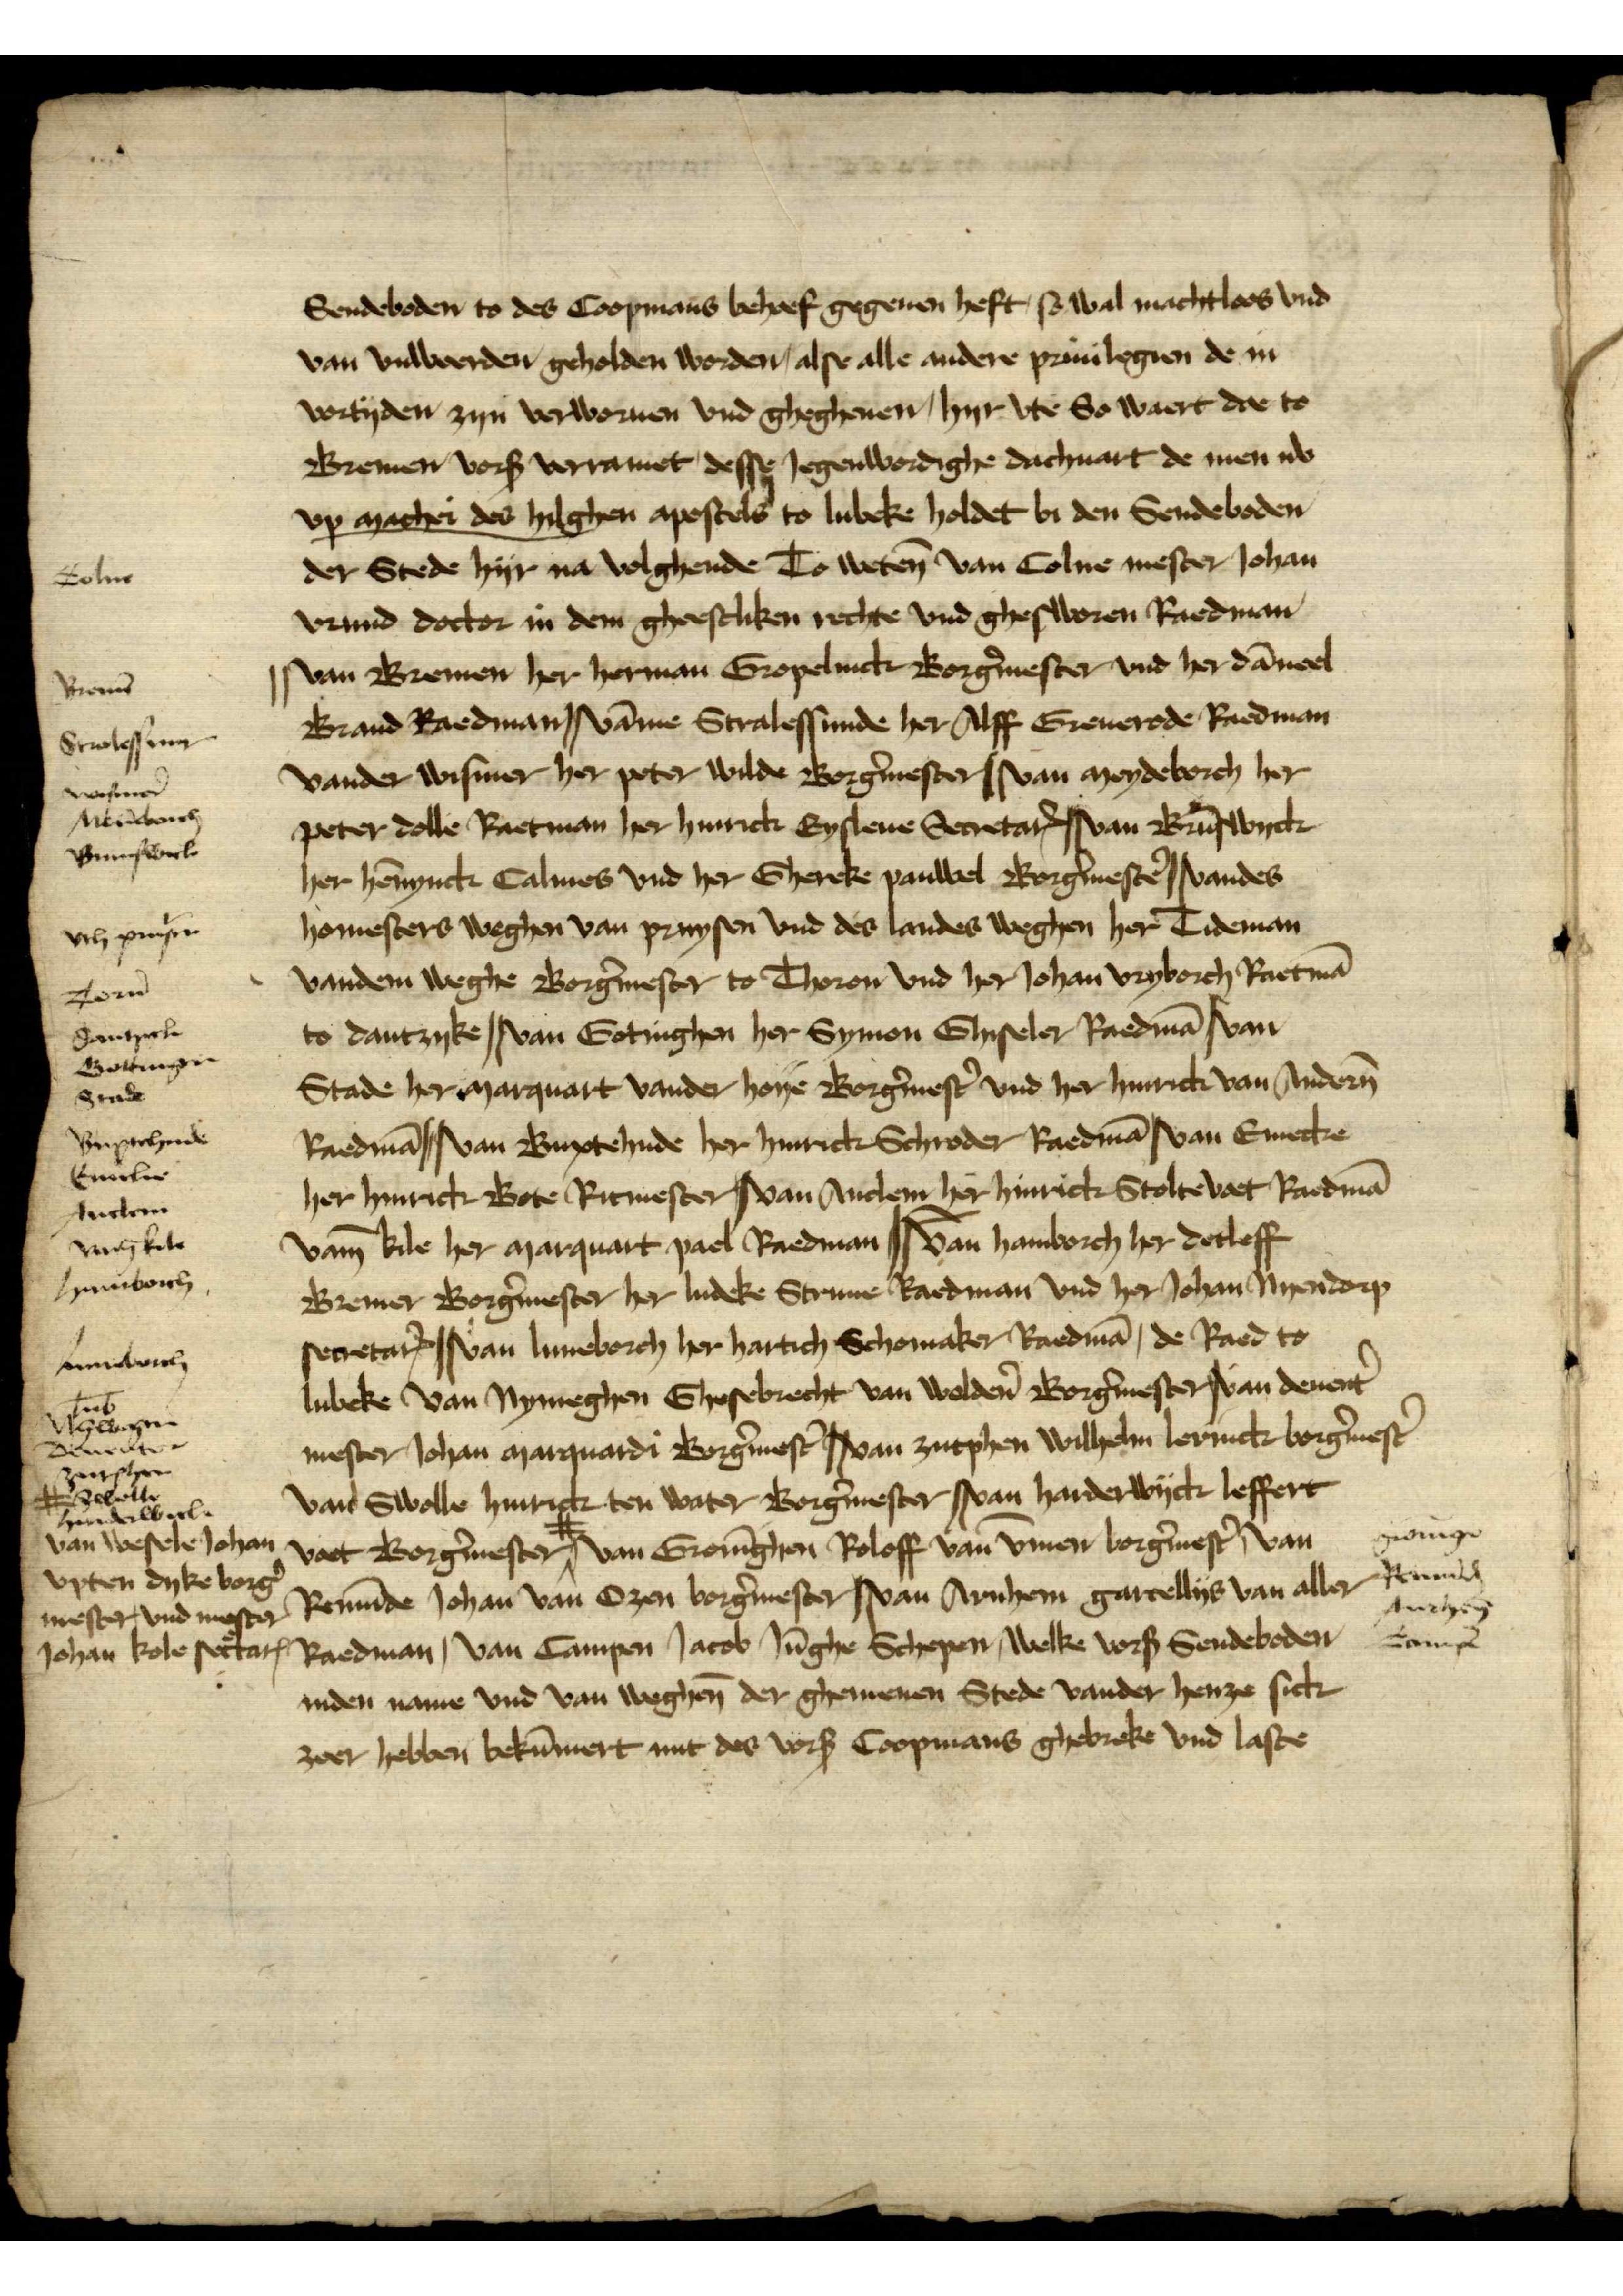
Sendeboden to des Coopmans behoef gegeuen heft, sowal machtloos vnd
van vnwwerden geholden worden, alse alle andere priuilegien de in
vortyden zyn verworuen vnd gegheuen, hyr vte So waert doe to
Bremen vorß vorramet, desse Jegenwordighe dachuart de men nv
vp Mathei des hilghen apostels to Lubeke holdet bi den Sendeboden
der Stede hijr na volghende To weten̄ van Colne mester Johan
Vrund doctor in dem gheestliken rechte vnd ghesworen Raedman
| van Bremen her Herman Gropelinck Borg̉mester vnd her Dāneel 
Brand Raedman | vāme Stralessunde her Alff Greuerode Raedman 
vander Wismer her Peter Wilde Borg̉mester | van Meydeborch her 
Peter Dolle Raetman her Hinrick Eysleue SecretarꝬ | van Brūswyck
her Hēnynck Calmes vnd her Ghereke Pauwel Borg̉mestẻ | vandes 
homesters weghen van Pruysen vnd des landes weghen her Tideman
vandem weghe Borg̉mester to Thoron vnd her Johan Vryborch Raetmā 
to Dantzyke | van Gotinghen her Symon Ghiseler Raedmā | van 
Stade her Marquart vander Hoije Borg̉mest̉ vnd her Hinrick van Andern̄ 
Raedmā | van Buxtehude her Hinrick Schroder Raedmā | van Emecke 
her Hinrick Bote Ritmester |van Anclem her Hinrick Stoltevoet Raedmā
vam̄ Kile her Marquart Pael Raedman | van Hamborch her Detleff
Bremer Borg̉mester her Ludeke Struue Raedman vnd her Johan Nyendorp
secretarꝬ | van Luneborch her Hartich Schomaker Raedmā, de Raed to 
Lubeke van Nymeghen Ghesebrecht van Woldẻn Borg̉mester | van Deuent̉ 
mester Johan Marquardi Borg̉mest̉ | van Zutphen Wilhelm Levinck borg̉mest̉
van Swolle Hinrick ten Water Borg̉mester | van Harderwijck Leffert
Voet Borg̉mester # | van Gronīgen Roloff van V̄men borg̉mest̉, van 
Remūde Johan van Ozen borg̉mester | van Arnhem Garcellijs van Aller
Raedman, van Campen Jacob Jūghe Schepen, welke vorß Sendeboden 
inden name vnd van weghen̄ der gemenen Stede vander henze sick
zeer Jebben bekūmert mit des vorß Coopmans gebreke vnd laste

Colne
Bremē
Strolessunt
Wismer
Meidebroch
Brunswick
vth Prusen
Torū
Dantzick
Gottingen
Stade
Buxtehude
Emeke
Anclem
vam̄ Kile
Hamborch
Luneborch
Lub̄
Nȳwegen
Deuenter
Zutphen
Swolle
Harderwick

#
van Wesele Johan
vpten dyke borg̉
mester vnd mester
Johan Kole sec̉tarꝬ

Gronīge
Remūde
Arnhem
Campē